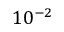
1 0 ^ { - 2 }